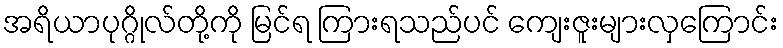
အရိယာပုဂ္ဂိုလ်တို့ကို မြင်ရ ကြားရသည်ပင် ကျေးဇူးများလှကြောင်း